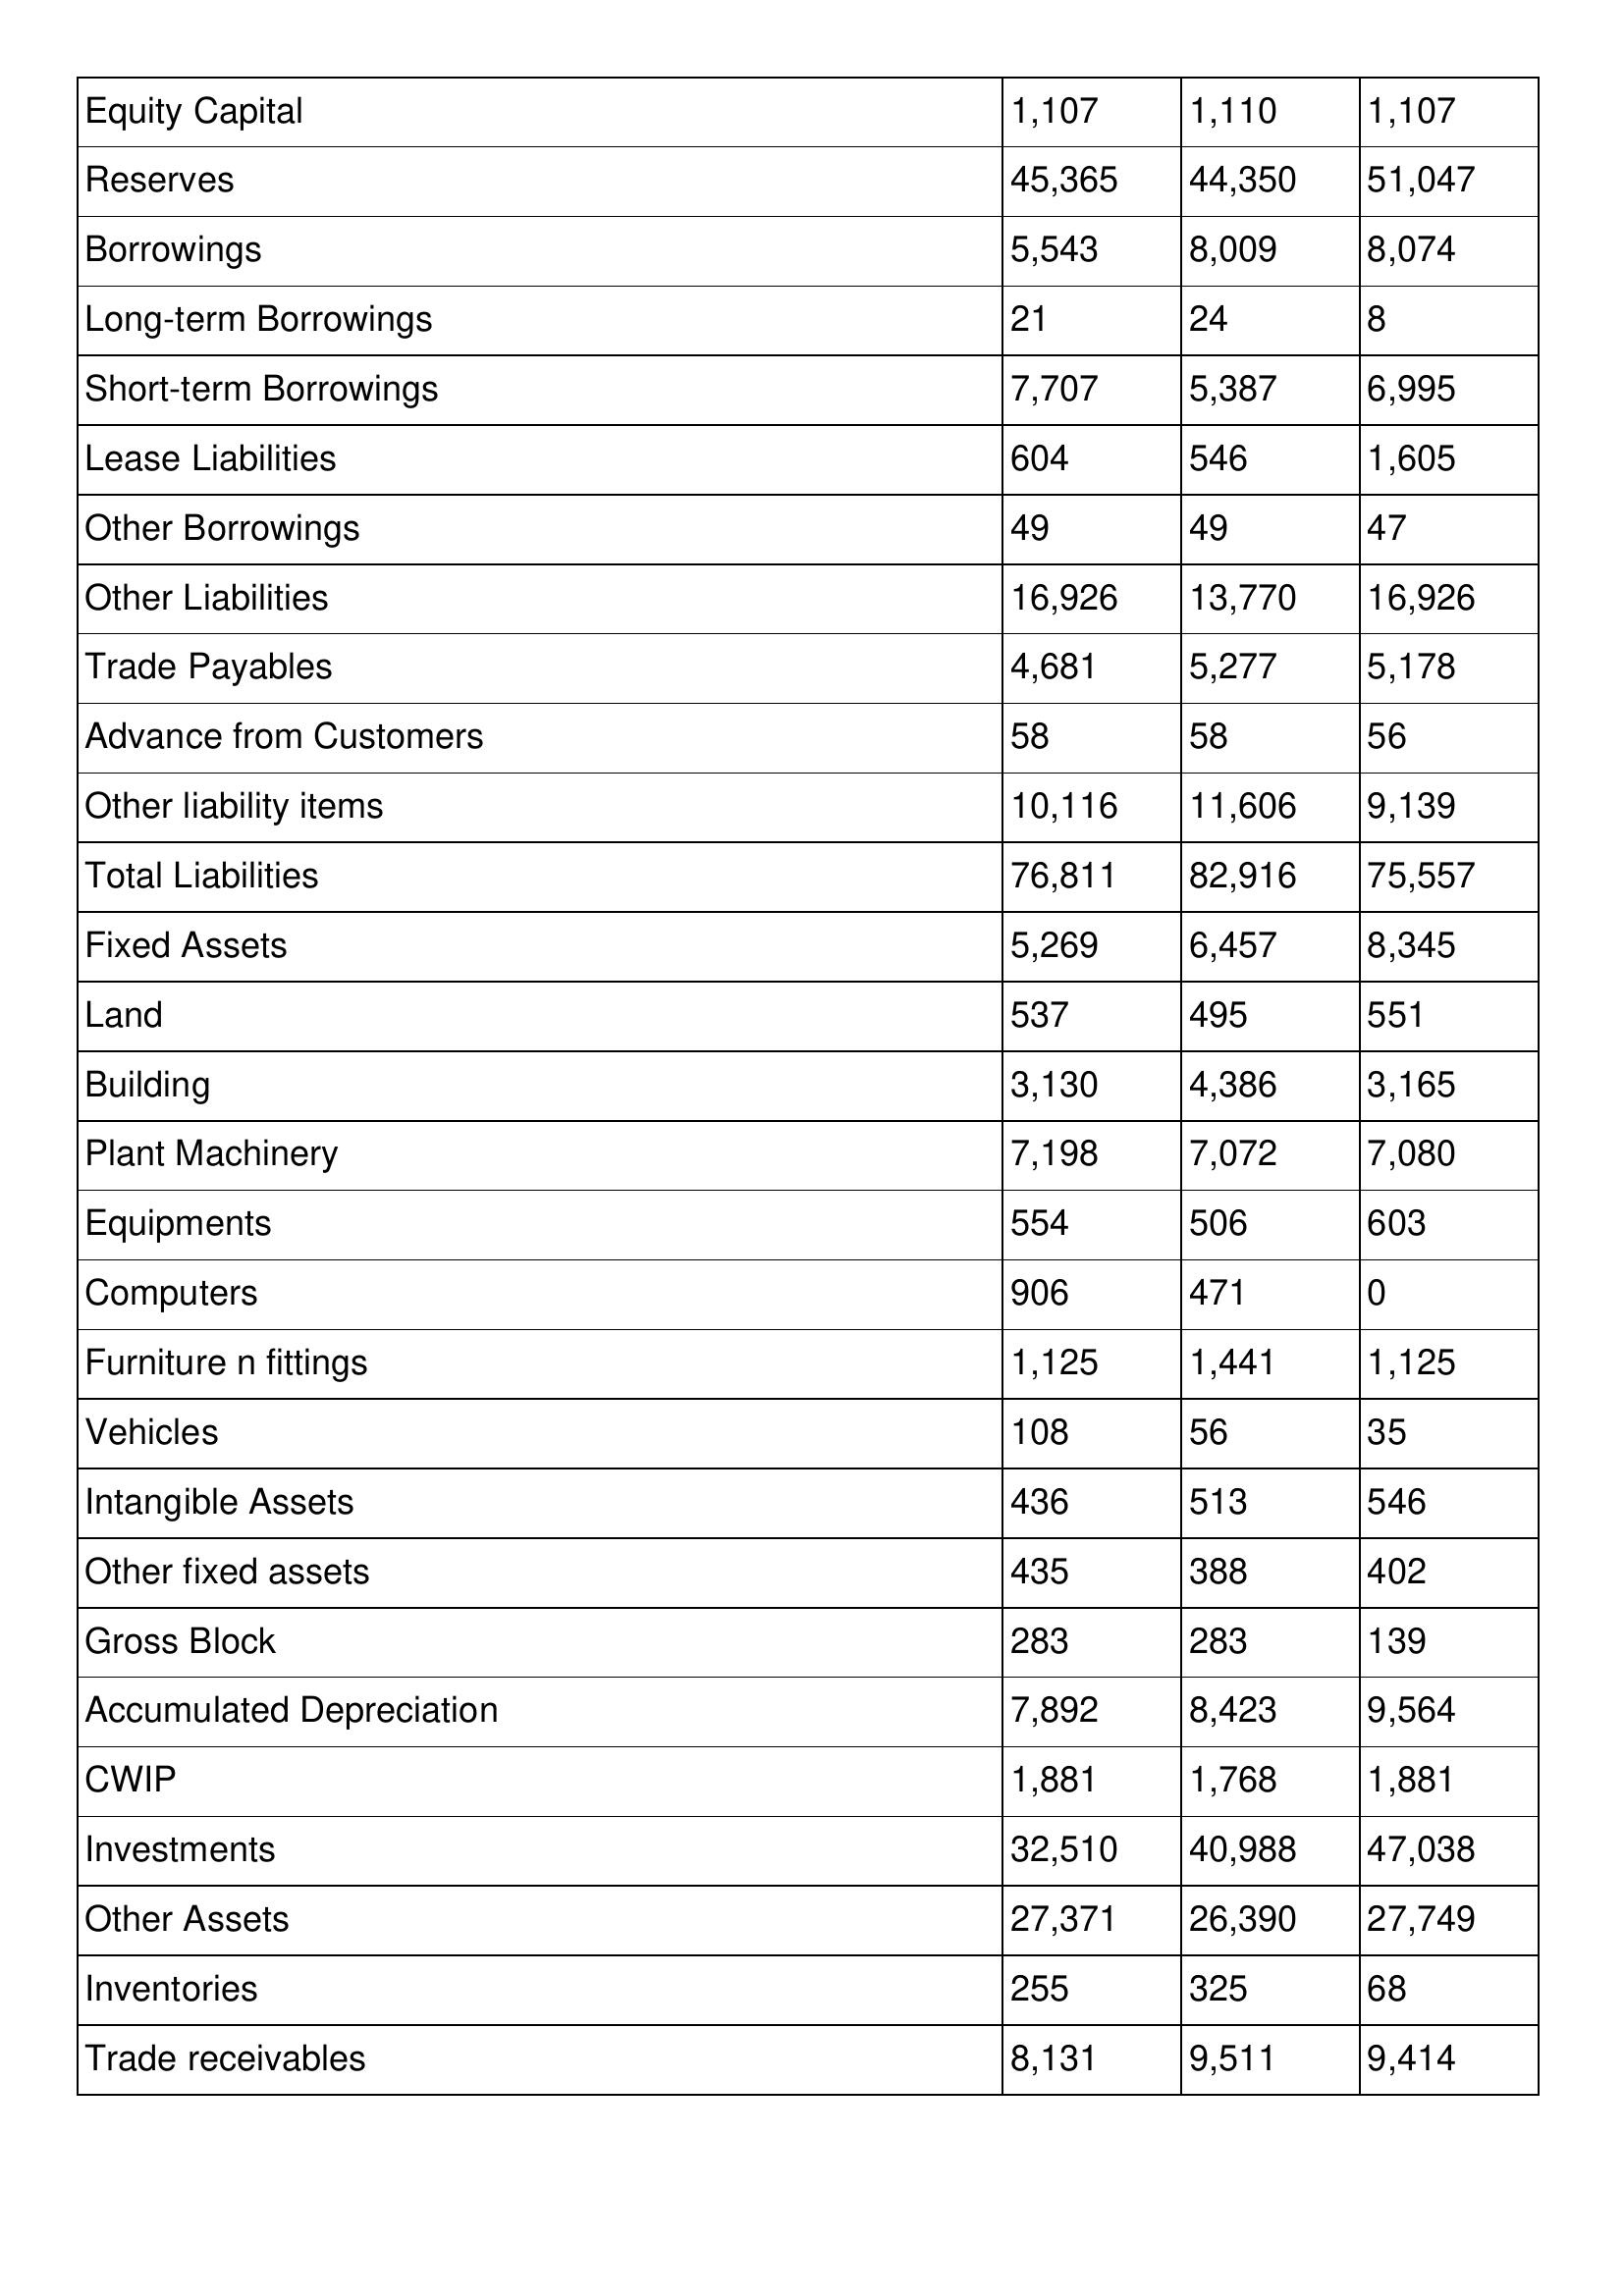
gt_parse: 2008: Balance Sheet: Equity Capital: 1,107
Reserves: 45,365
Borrowings: 5,543
Long-term Borrowings: 21
Short-term Borrowings: 7,707
Lease Liabilities: 604
Other Borrowings: 49
Other Liabilities: 16,926
Trade Payables: 4,681
Advance from Customers: 58
Other liability items: 10,116
Total Liabilities: 76,811
Fixed Assets: 5,269
Land: 537
Building: 3,130
Plant Machinery: 7,198
Equipments: 554
Computers: 906
Furniture n fittings: 1,125
Vehicles: 108
Intangible Assets: 436
Other fixed assets: 435
Gross Block: 283
Accumulated Depreciation: 7,892
CWIP: 1,881
Investments: 32,510
Other Assets: 27,371
Inventories: 255
Trade receivables: 8,131
2007: Balance Sheet: Equity Capital: 1,110
Reserves: 44,350
Borrowings: 8,009
Long-term Borrowings: 24
Short-term Borrowings: 5,387
Lease Liabilities: 546
Other Borrowings: 49
Other Liabilities: 13,770
Trade Payables: 5,277
Advance from Customers: 58
Other liability items: 11,606
Total Liabilities: 82,916
Fixed Assets: 6,457
Land: 495
Building: 4,386
Plant Machinery: 7,072
Equipments: 506
Computers: 471
Furniture n fittings: 1,441
Vehicles: 56
Intangible Assets: 513
Other fixed assets: 388
Gross Block: 283
Accumulated Depreciation: 8,423
CWIP: 1,768
Investments: 40,988
Other Assets: 26,390
Inventories: 325
Trade receivables: 9,511
2006: Balance Sheet: Equity Capital: 1,107
Reserves: 51,047
Borrowings: 8,074
Long-term Borrowings: 8
Short-term Borrowings: 6,995
Lease Liabilities: 1,605
Other Borrowings: 47
Other Liabilities: 16,926
Trade Payables: 5,178
Advance from Customers: 56
Other liability items: 9,139
Total Liabilities: 75,557
Fixed Assets: 8,345
Land: 551
Building: 3,165
Plant Machinery: 7,080
Equipments: 603
Computers: 0
Furniture n fittings: 1,125
Vehicles: 35
Intangible Assets: 546
Other fixed assets: 402
Gross Block: 139
Accumulated Depreciation: 9,564
CWIP: 1,881
Investments: 47,038
Other Assets: 27,749
Inventories: 68
Trade receivables: 9,414